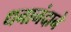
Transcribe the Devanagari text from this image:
धनानंदाने